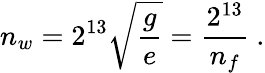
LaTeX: n_{w}=2^{13}\sqrt{\frac{g}{e}}={\frac{2^{13}}{n_{f}}}\ .